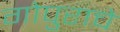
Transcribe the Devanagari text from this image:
गोपुराचे